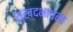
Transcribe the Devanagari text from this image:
सुखदभावना